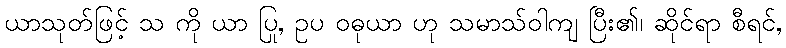
ယာသုတ်ဖြင့် သ ကို ယာ ပြု, ဥပ ဝဓုယာ ဟု သမာသ်ဝါကျ ပြီး၏၊ ဆိုင်ရာ စီရင်,